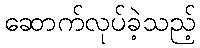
ဆောက်လုပ်ခဲ့သည့်